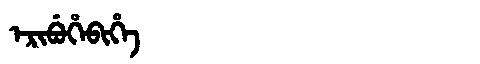
Manchu: ᡝᡵᡳᠪᡠᡥᡝᠪᡳᡥᡝ
Romanization: ERIBUHEBIHE